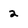
Character: 2